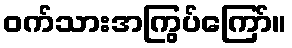
ဝက်သားအကြွပ်ကြော်။